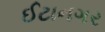
ઈટાનગર